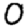
Digit: 0